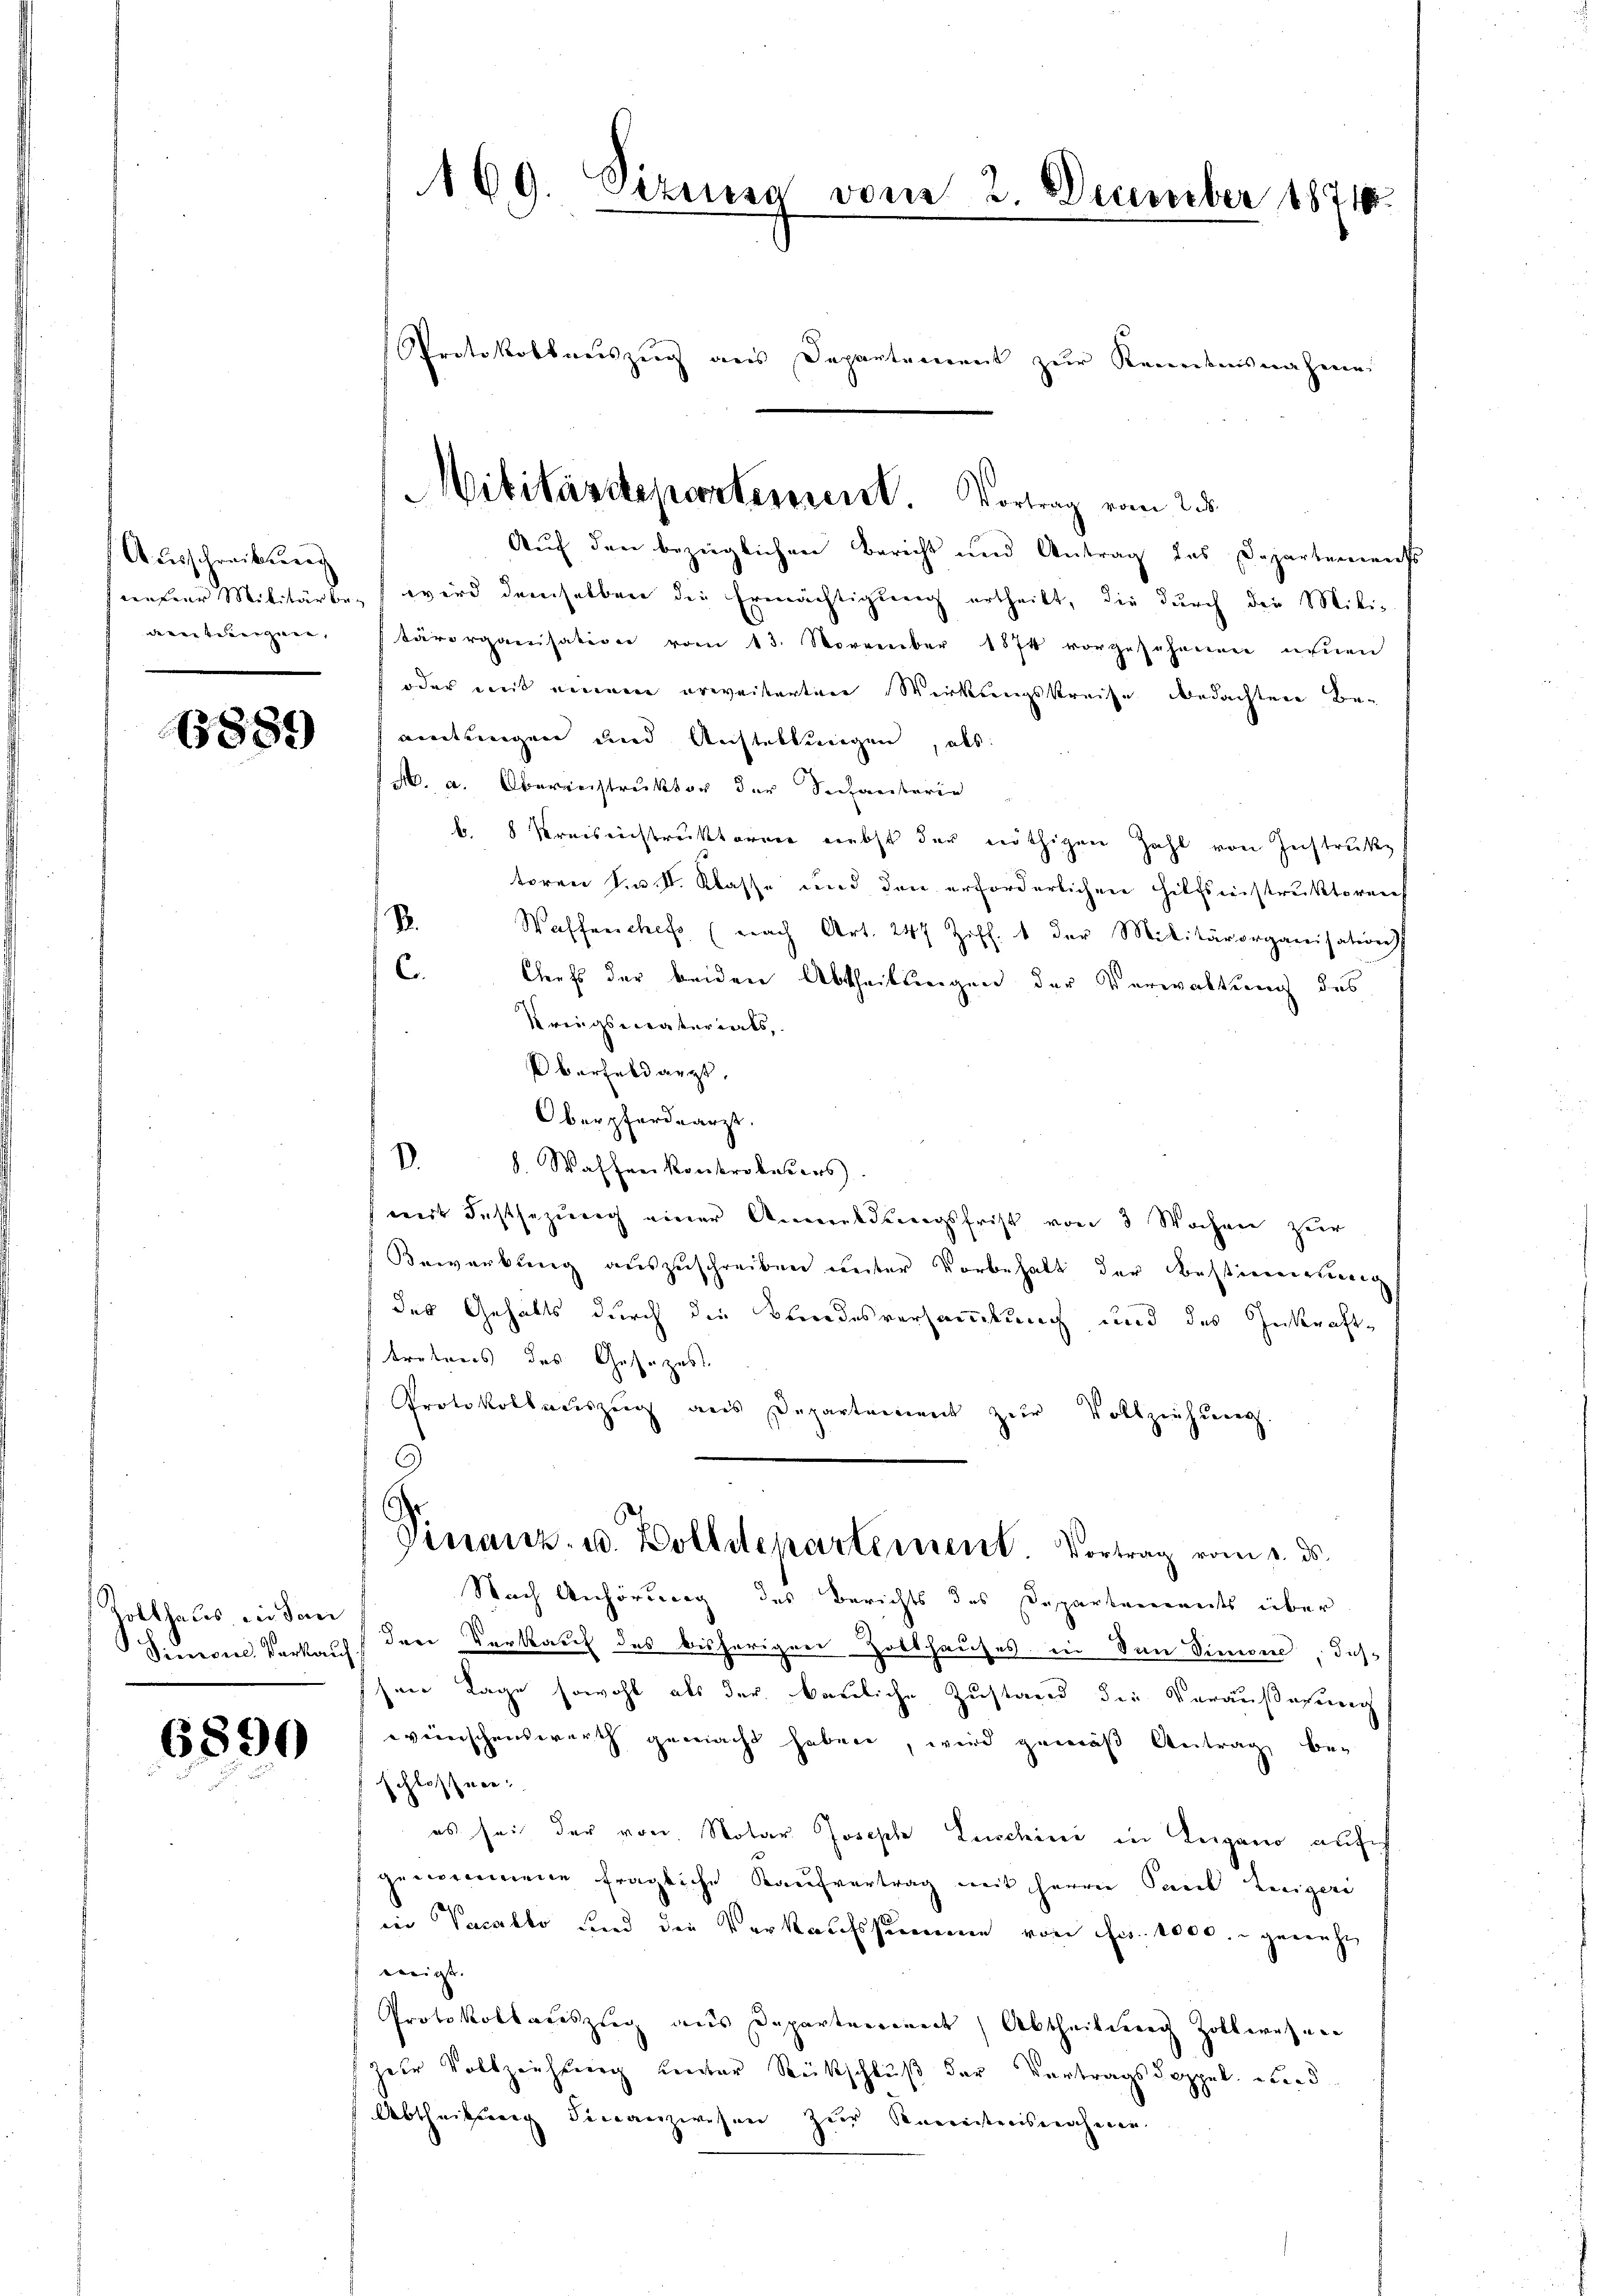
Ausschreibung
artungen, |

6889

Rotthals, in dan

6890

Auf den bezüglichen Bericht und Antrag des Departements
nehrer Militärbe, wird demselben die Ermächtigŭng ertheilt, die dŭrch die Mili-
tärorganisation vom 13. November 1874 vorgesehenen ihnen
oder mit einem erweiterten Wirkungskreise bedachten Beamtungen und Anstellungen, als
M. a. Oberinistruktor der Schantarie
b. 8 Kreiseinstruktoren nebst der nöthigen Zahl von Instrukz,
toren S. v. St. Klasse und den erforderlichen Hilfsinstruktoren
B.
Waffenchefs (nach Art. 247 Ziff. 1 der Militärorganisation
C.
Chefs der beiden Abtheilungen der Verwaltung des
Kriegsmaterials,
Oberfeldarzt,
Oberpferdearzt.
 8. Wassen konkrokesers.
wirt Festsezung einer Anmeldungsfrist von 3 Wochen zur
Bewerbŭng aŭszŭschreiben ŭnter Vorbehalt der Bestimenteng
des Gehalts durch die Kundesversammlung und des Inkrafttreteres des Gesetzes.
Protokollauszug aus Departement zur Vollziehung
s
Vinanz- u. Wolldepartement. Vortrag vom 2. ds.
Nach Anhörung des Berichts des Departements über
Simone Verkauf den Verkauf des bisherigen Zollhauses in den Simon, das
sene Lage sowohl als der bauliche Zustand die Veräußerung
everischenswerth gemacht haben, wird gemäß Antrag be-
schlossen:
es sei der von Notar Joseph Luschini in Leigano auf
genommene fragliche Kaŭfvertrag mit Herrn Paul Legeri
in Vacallo und die Verkaufssumme von Fr. 1000.- genäht
weigt.
Protokollauszug aus Departemend Abtheilung Zollwesen
dder Vollziehung unter Rückschluß der Vertragsdoppel, wied
Abtheilung Finanzwesen zur Kenntnisnahmen.

169. Sezuisa vom 2. December 1871.

Protokollauszug aus Departement zur Kenntnisnahmen

Militärdepartement. Vortrag vom 25.